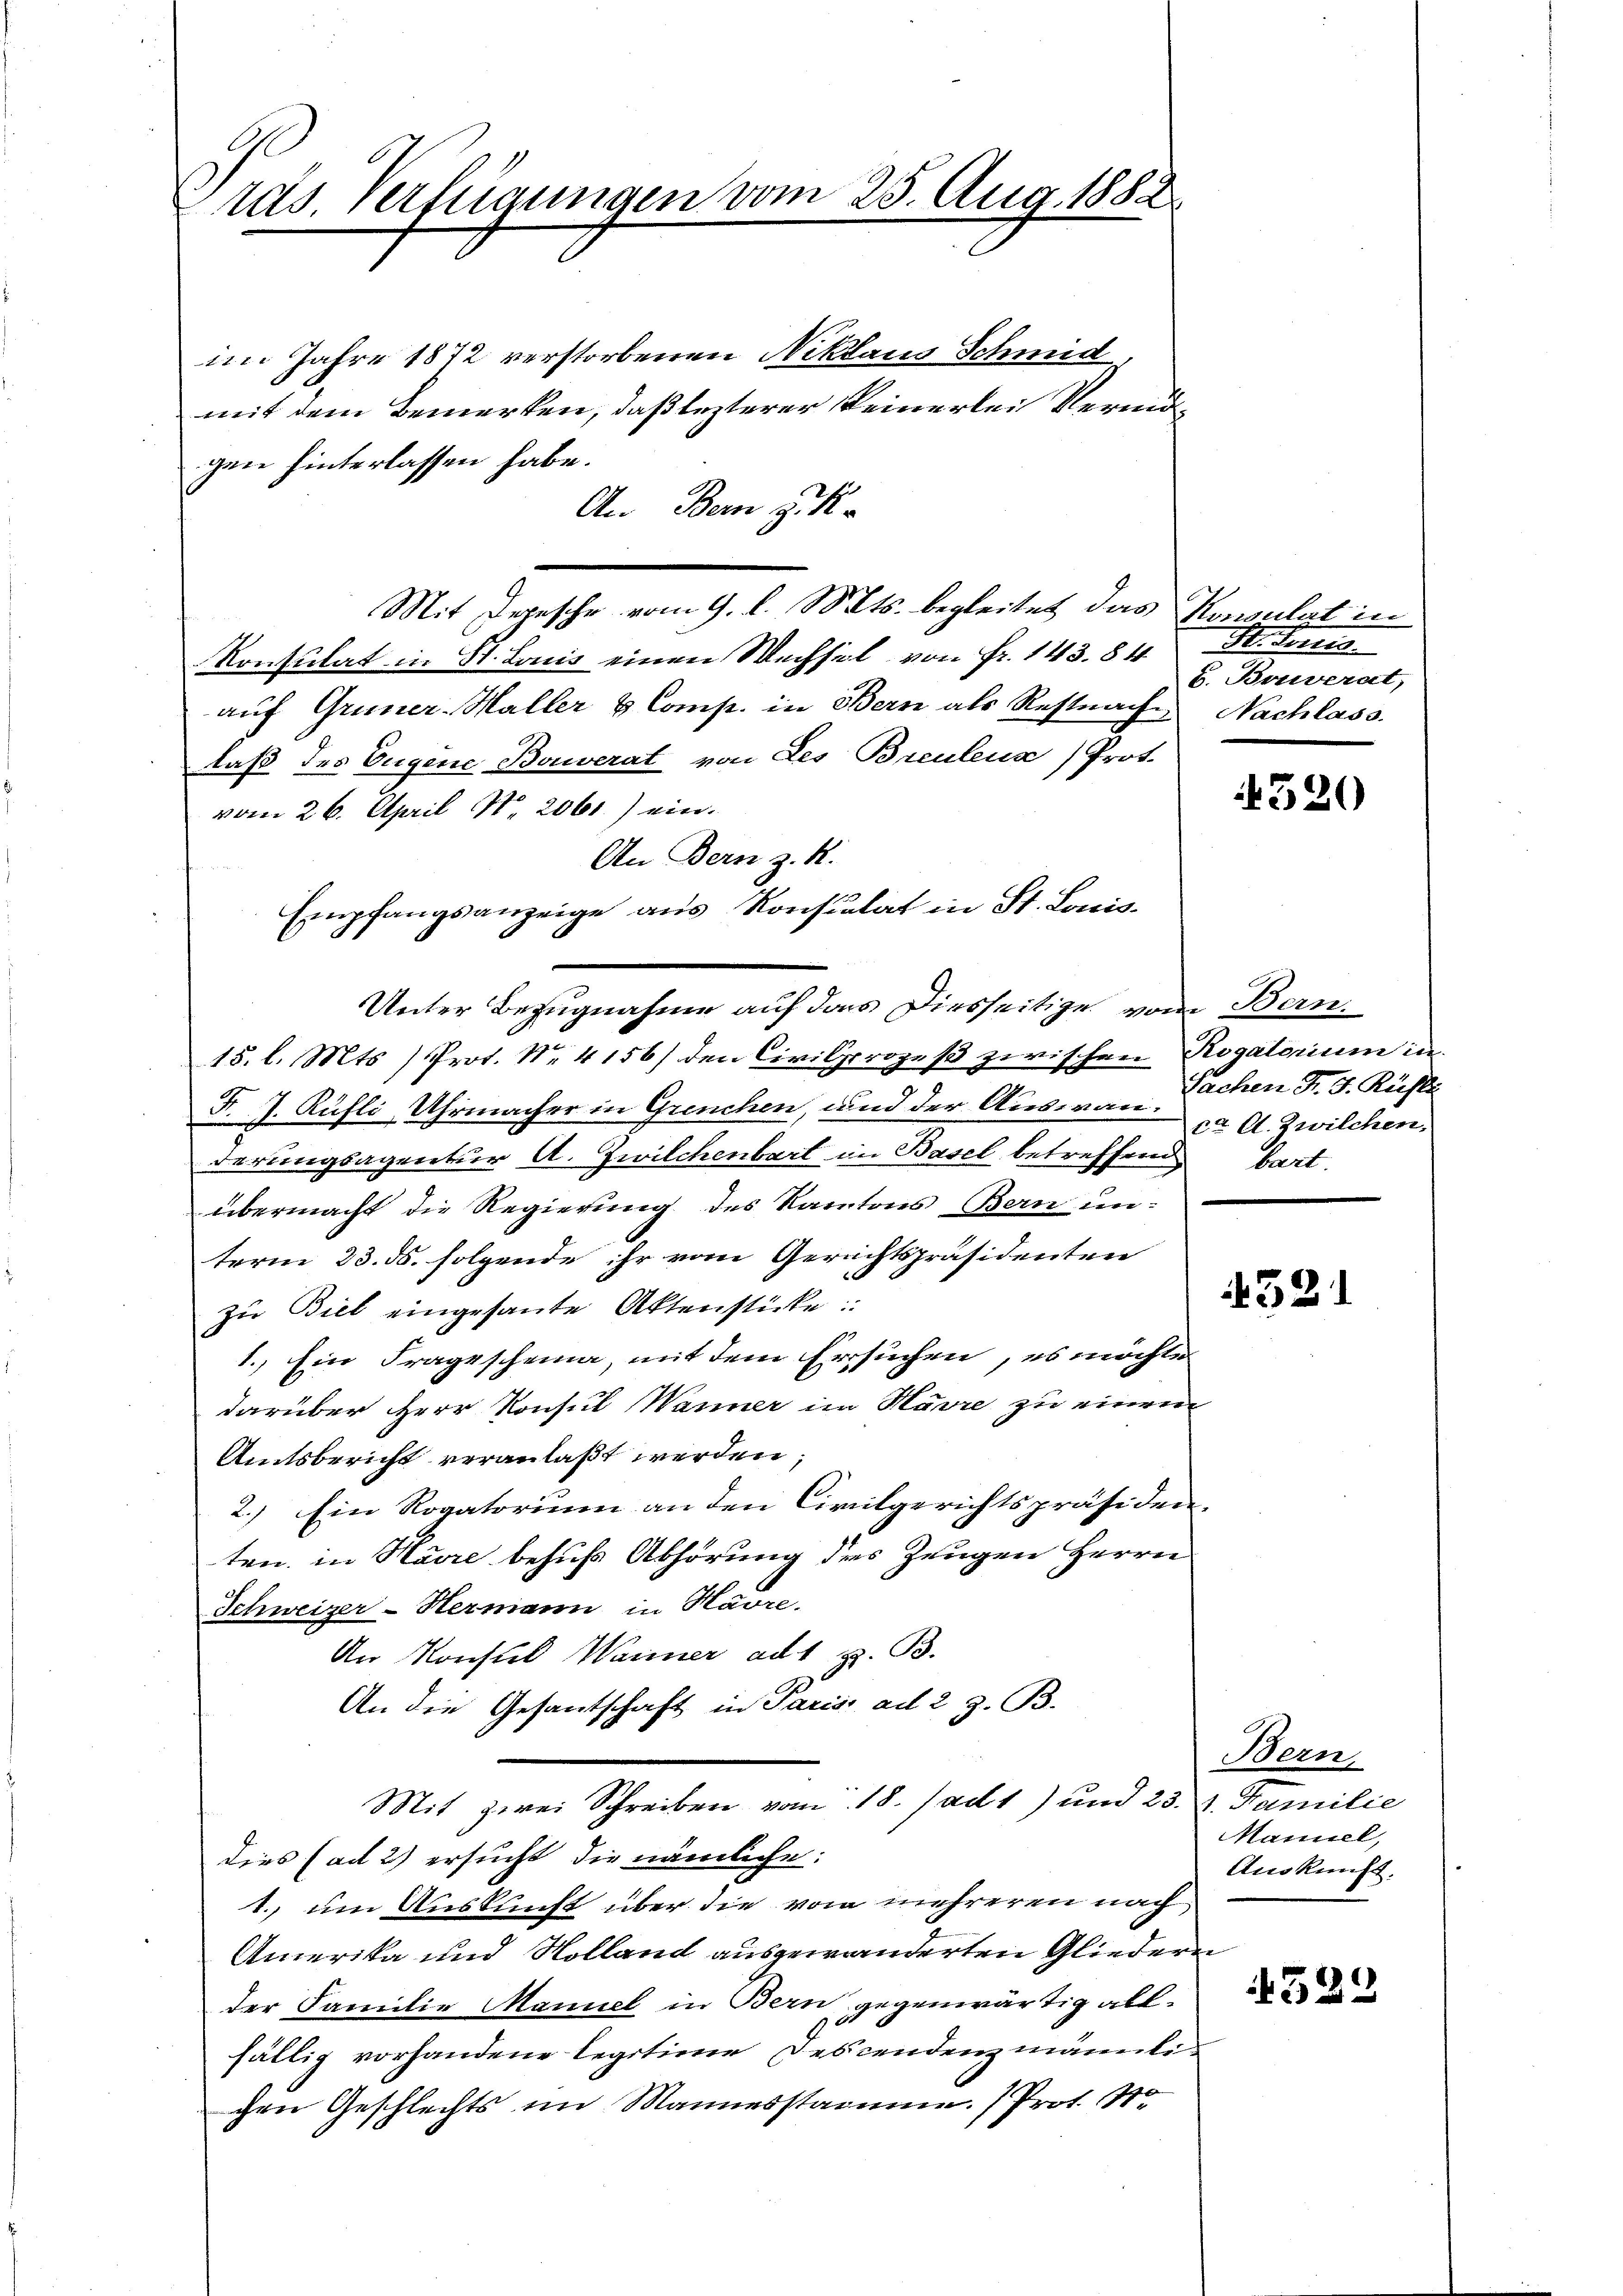
Pras. Verfügungen vom 25. Aug. 1882.

im Jahre 1872 verstorbenen Niklaus Schmid,
mit dem Bemerken, daß lezterer einerlei Vermögen hinterlassen habe.
An Bern J. K.
Mit Depesche vom 9. l. Mts. begleitet das Konsulat in
Konsulat in St. Louis einen Wechsel von Fr. 143. 84
auf Gruner-Haller & Comp. in Bern als Restnache Nachlass
daß des Eugene Bouverat von des Breulena) Prot.
vom 26. April N. 2061.) ein¬
An Bern z. K.
Empfangsanzeige aus Konsulat in St. Louis-
15. l. Mts. ) Prot. No 4156) den Civilprozeß zwischen Rogatorium in
F. J. Rüfli Uhrmacher in Grenchen, und der Auswanderungsagentur A. Zwilchenbart in Basel betreffend bart.
übermacht die Regierung des Kantons Bern unterm 23. ds. folgende ihr vom Gerichtspräsidenten
zu Biel eingesante Aktenstücke:
1. Ein Fragescheina, mit dem Ersuchen, es möchte
darüber Herr Konsul Wanner im Harre zu einem
Amtsbericht veranlaßt werden;
2.) Ein Rogatorium an den Civilgerichtspräsidenten, in Havre behufs Abhörung des Zeugen Herrn
Schweizer-Hermann in Havre.
An Konsul Warner ad 1 z. B.
An die Gesandtschaft in Paris ad 2 z. B.
Mit zwei Schreiben vom 18. Jact) und 23. 2. Familie
dies (ad 2) ersucht die nämliche:
1. um Auskunft über die vom mehreren nach
Amerika und Nolland ausgewanderten Gliedern
der Familie Manuel in Bern gegenwärtig allfällig vorhandene legitime Descendenz männlichen Geschlechts im Mannesstamme. (Prot. 410

Unter Bezugnahme auf das Diesseitige vom Bern.

St. Juris
b. Bouverat,

520

Sachen F. J. Rüste.
ca. A. Zwilchen,

531

Bern,
Maniel,
Auskunft.

522